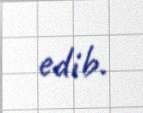
edib.